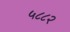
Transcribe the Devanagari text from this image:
५८८२